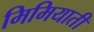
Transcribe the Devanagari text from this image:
मिमियाती